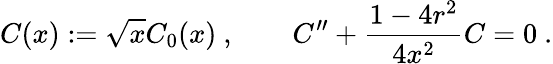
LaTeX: C(x):=\sqrt{x}C_{0}(x)~,\qquad C^{\prime\prime}+\frac{1-4r^{2}}{4x^{2}}C=0~.